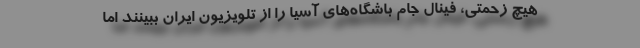
هیچ زحمتی، فینال جام باشگاه‌های آسیا را از تلویزیون ایران ببینند اما